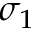
\sigma _ { 1 }